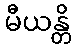
မီယန္တိ